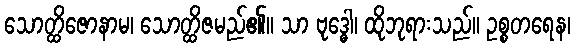
သောတ္ထိဇောနာမ၊ သောတ္ထိဇမည်၏။ သာ ဗုဒ္ဓေါ၊ ထိုဘုရားသည်။ ဥစ္စတရေန၊